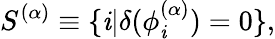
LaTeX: S^{(\alpha)}\equiv\{ \mathit{i}|\delta(\phi_{\mathit{i}}^{(\alpha)})=0\} ,